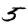
Digit: 5